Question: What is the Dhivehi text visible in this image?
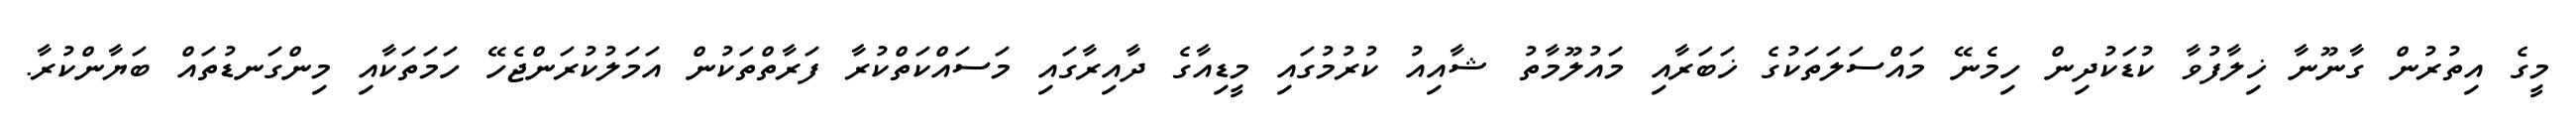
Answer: މީގެ އިތުރުން ގާނޫނާ ޚިލާފުވާ ކުޑަކުދިން ހިމެނޭ މައްސަލަތަކުގެ ޚަބަރާއި މައުލޫމާތު ޝާއިއު ކުރުމުގައި މީޑިއާގެ ދާއިރާގައި މަސައްކަތްކުރާ ފަރާތްތަކުން އަމަލުކުރަންޖެހޭ ހަމަތަކާއި މިންގަނޑުތައް ބަޔާންކުރާ.